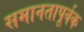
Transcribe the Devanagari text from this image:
समानतापूर्वक